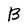
Character: B